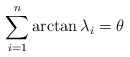
\begin{align*}\sum_{i=1}^{n}\arctan\lambda_{i}=\theta\end{align*}